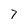
Character: 7